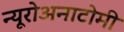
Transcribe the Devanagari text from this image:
न्यूरोअनाटोमी